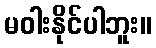
မဝါးနိုင်ပါဘူး။